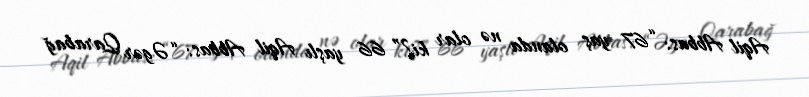
Aqil Abbas: “67 yaş olanda nə olar ki?” 66 yaşlı Aqil Abbas: “Əgər Qarabağ